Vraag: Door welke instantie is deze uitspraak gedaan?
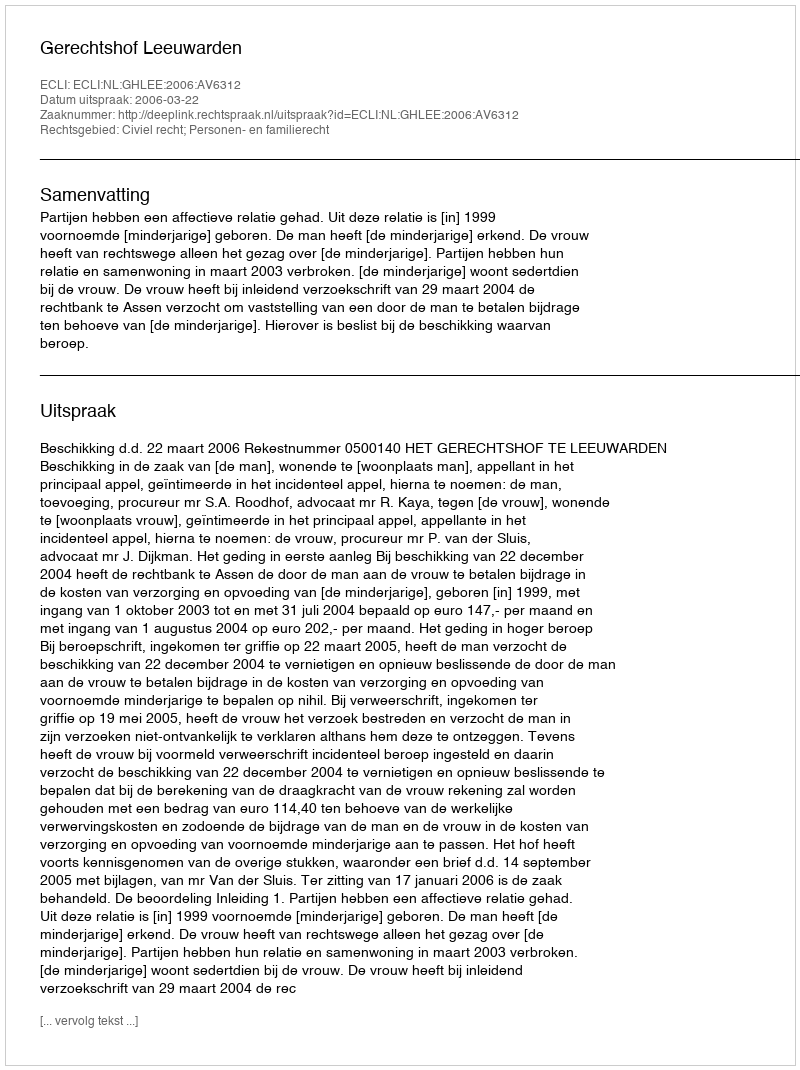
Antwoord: Gerechtshof Leeuwarden